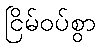
ငြိမ်ဝပ်စွာ